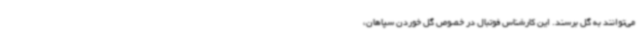
می‌توانند به گل برسند. این کارشناس فوتبال در خصوص گل خوردن سپاهان،